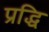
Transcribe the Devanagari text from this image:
प्रद्धि